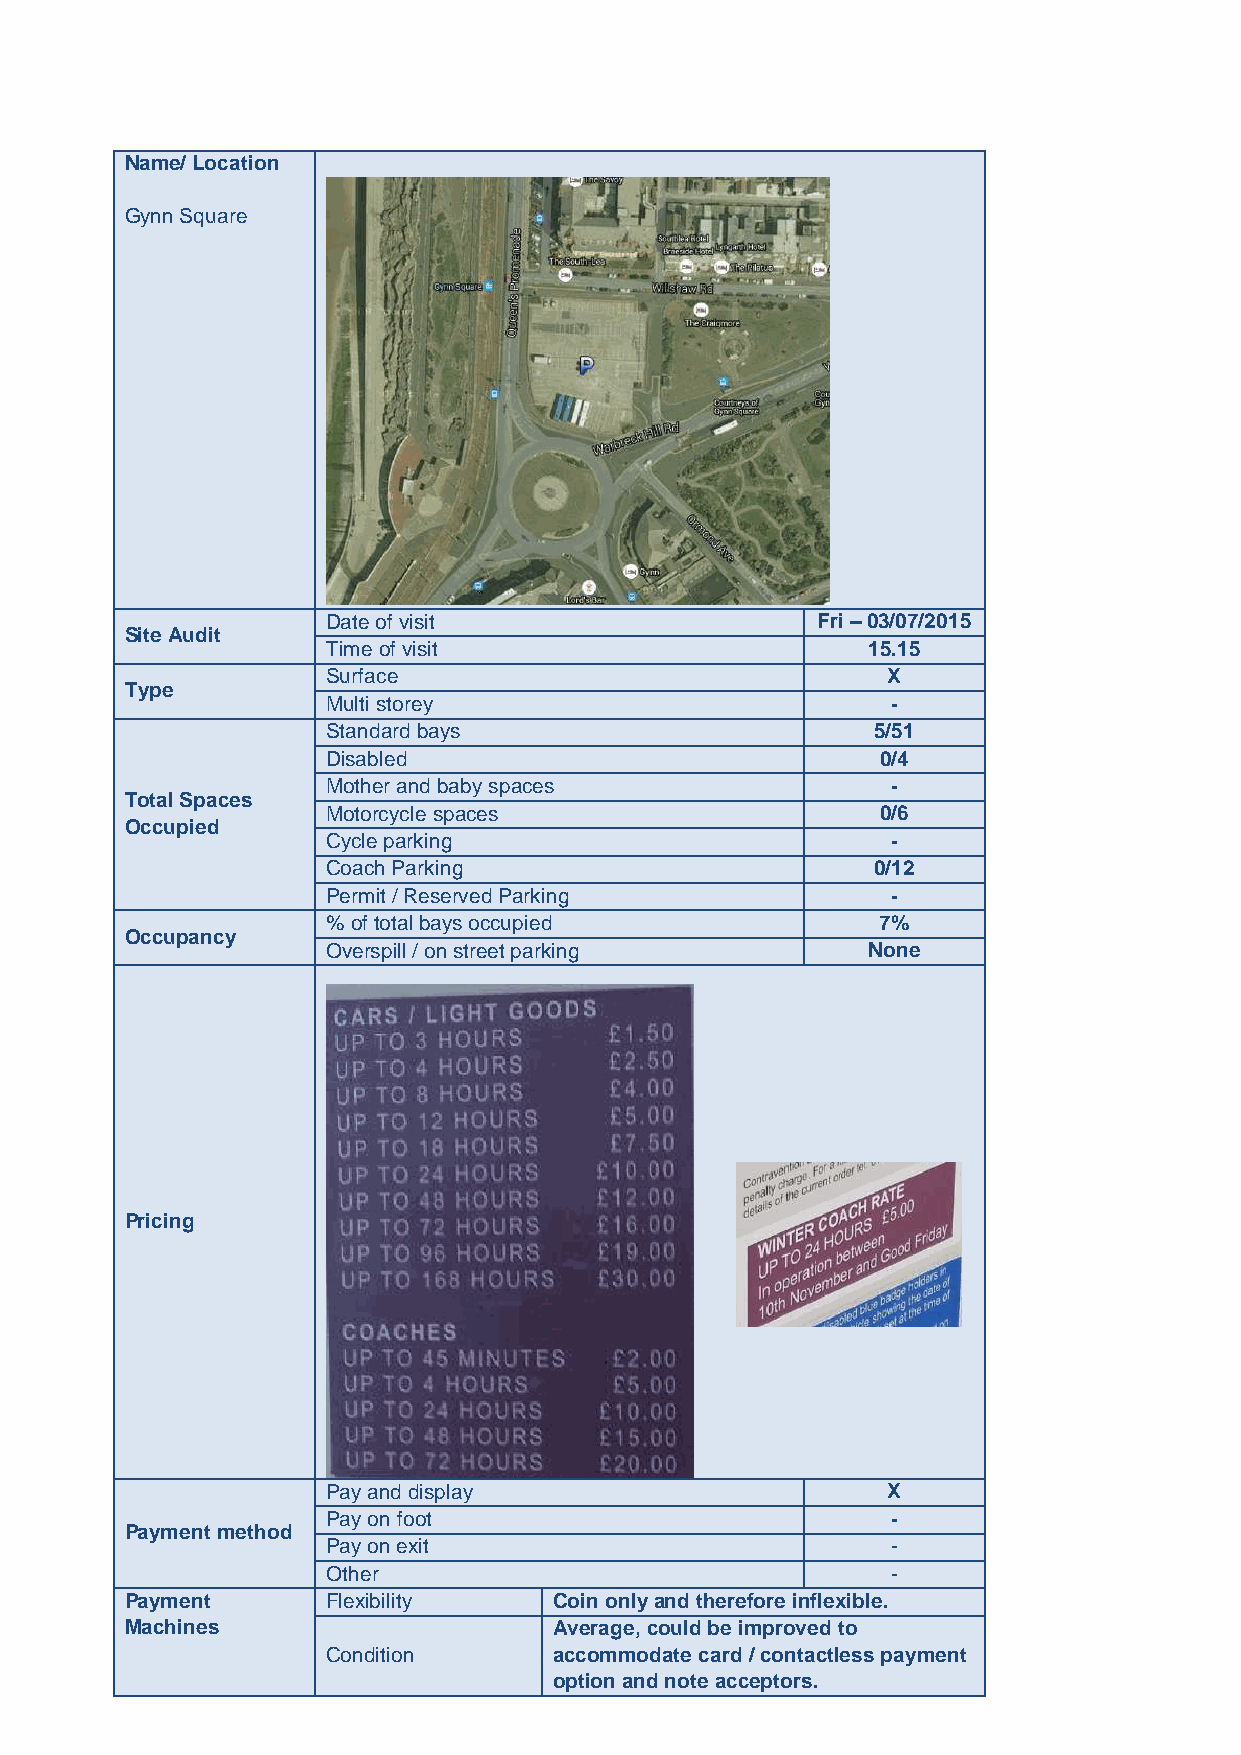
Name/ Location
 Gynn Square
 Date of visit                   Fri – 03/07/2015
 Site Audit
 Time of visit                      15.15
 Surface                              X
 Type
 Multi storey                         -
 Standard bays                       5/51
 Disabled                            0/4
 Mother and baby spaces               -
 Total Spaces
 Motorcycle spaces                   0/6
 Occupied
 Cycle parking                        -
 Coach Parking                       0/12
 Permit / Reserved Parking            -
 % of total bays occupied            7%
 Occupancy
 Overspill / on street parking      None
 Pricing
 Pay and display                      X
 Pay on foot                          -
 Payment method
 Pay on exit                          -
 Other                                -
 Payment       Flexibility    Coin only and therefore inflexible.
 Machines                     Average, could be improved to
 Condition      accommodate card / contactless payment
 option and note acceptors.